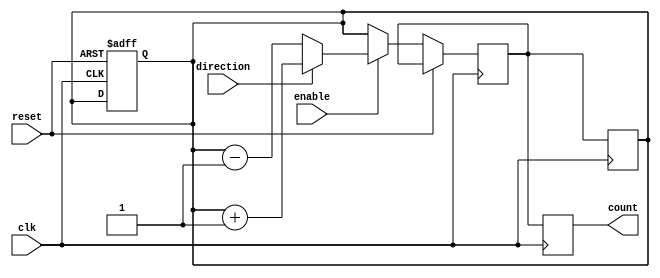
module Bidirectional_Gray_Counter (
  input wire clk,
  input wire reset,
  input wire enable,
  input wire direction,
  output reg [N-1:0] count
);

parameter N = 4; // Specify the number of bits in the counter

reg [N-1:0] count_next;
reg [N-1:0] count_reg;

always @(posedge clk or posedge reset) begin
  if (reset) begin
    count_reg <= 0;
  end else begin
    if (enable) begin
      if (direction) begin // Increment count
        count_next = count_reg + 1;
      end else begin // Decrement count
        count_next = count_reg - 1;
      end
    end else begin
      count_next = count_reg;
    end
  end
end

always @(posedge clk) begin
  count <= count_next;
  count_reg <= count_next;
end

endmodule